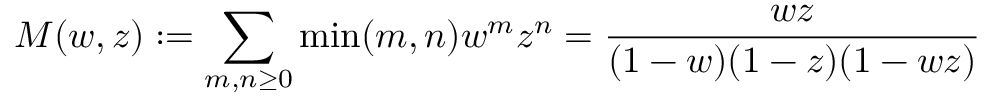
M ( w , z ) : = \sum _ { m , n \geq 0 } \operatorname* { m i n } ( m , n ) w ^ { m } z ^ { n } = { \frac { w z } { ( 1 - w ) ( 1 - z ) ( 1 - w z ) } }